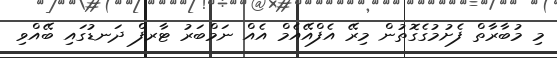
މި މުބާރާތް ފެށުމުގެގޮތުން މިރޭ އެފްއޭއެމް އެއް ނަމްބަރު ޓާރފް ދަނޑުގައި ބޭއްވި